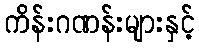
ကိန်းဂဏန်းများနှင့်